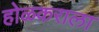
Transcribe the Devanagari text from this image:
होळकराला